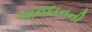
ખાનદાનની